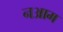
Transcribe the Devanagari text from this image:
नआम